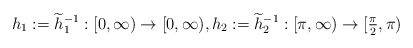
\begin{align*} h_1 := \widetilde{h}^{- 1}_1 : [0, \infty) \rightarrow [0, \infty), h_2 := \widetilde{h}^{- 1}_2 : [\pi, \infty) \rightarrow [\tfrac{\pi}{2}, \pi) \end{align*}